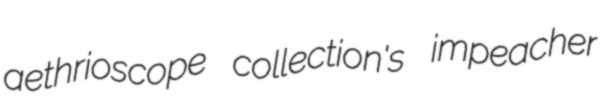
aethrioscope collection's impeacher